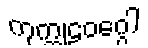
ကုက္ကုဠဝဂ္ဂေါ